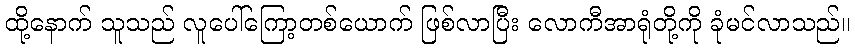
ထို့နောက် သူသည် လူပေါ်ကြော့တစ်ယောက် ဖြစ်လာပြီး လောကီအာရုံတို့ကို ခုံမင်လာသည်။